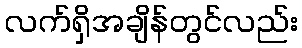
လက်ရှိအချိန်တွင်လည်း